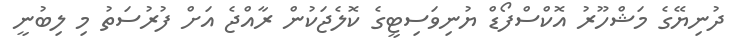
ދުނިޔޭގެ މަޝްހޫރު އޮކްސްފޯޑް ޔުނިވަސިޓީގެ ކޮލެޖަކުން ރާއްޖެ އަށް ފުރުސަތު މި ލިބުނީ